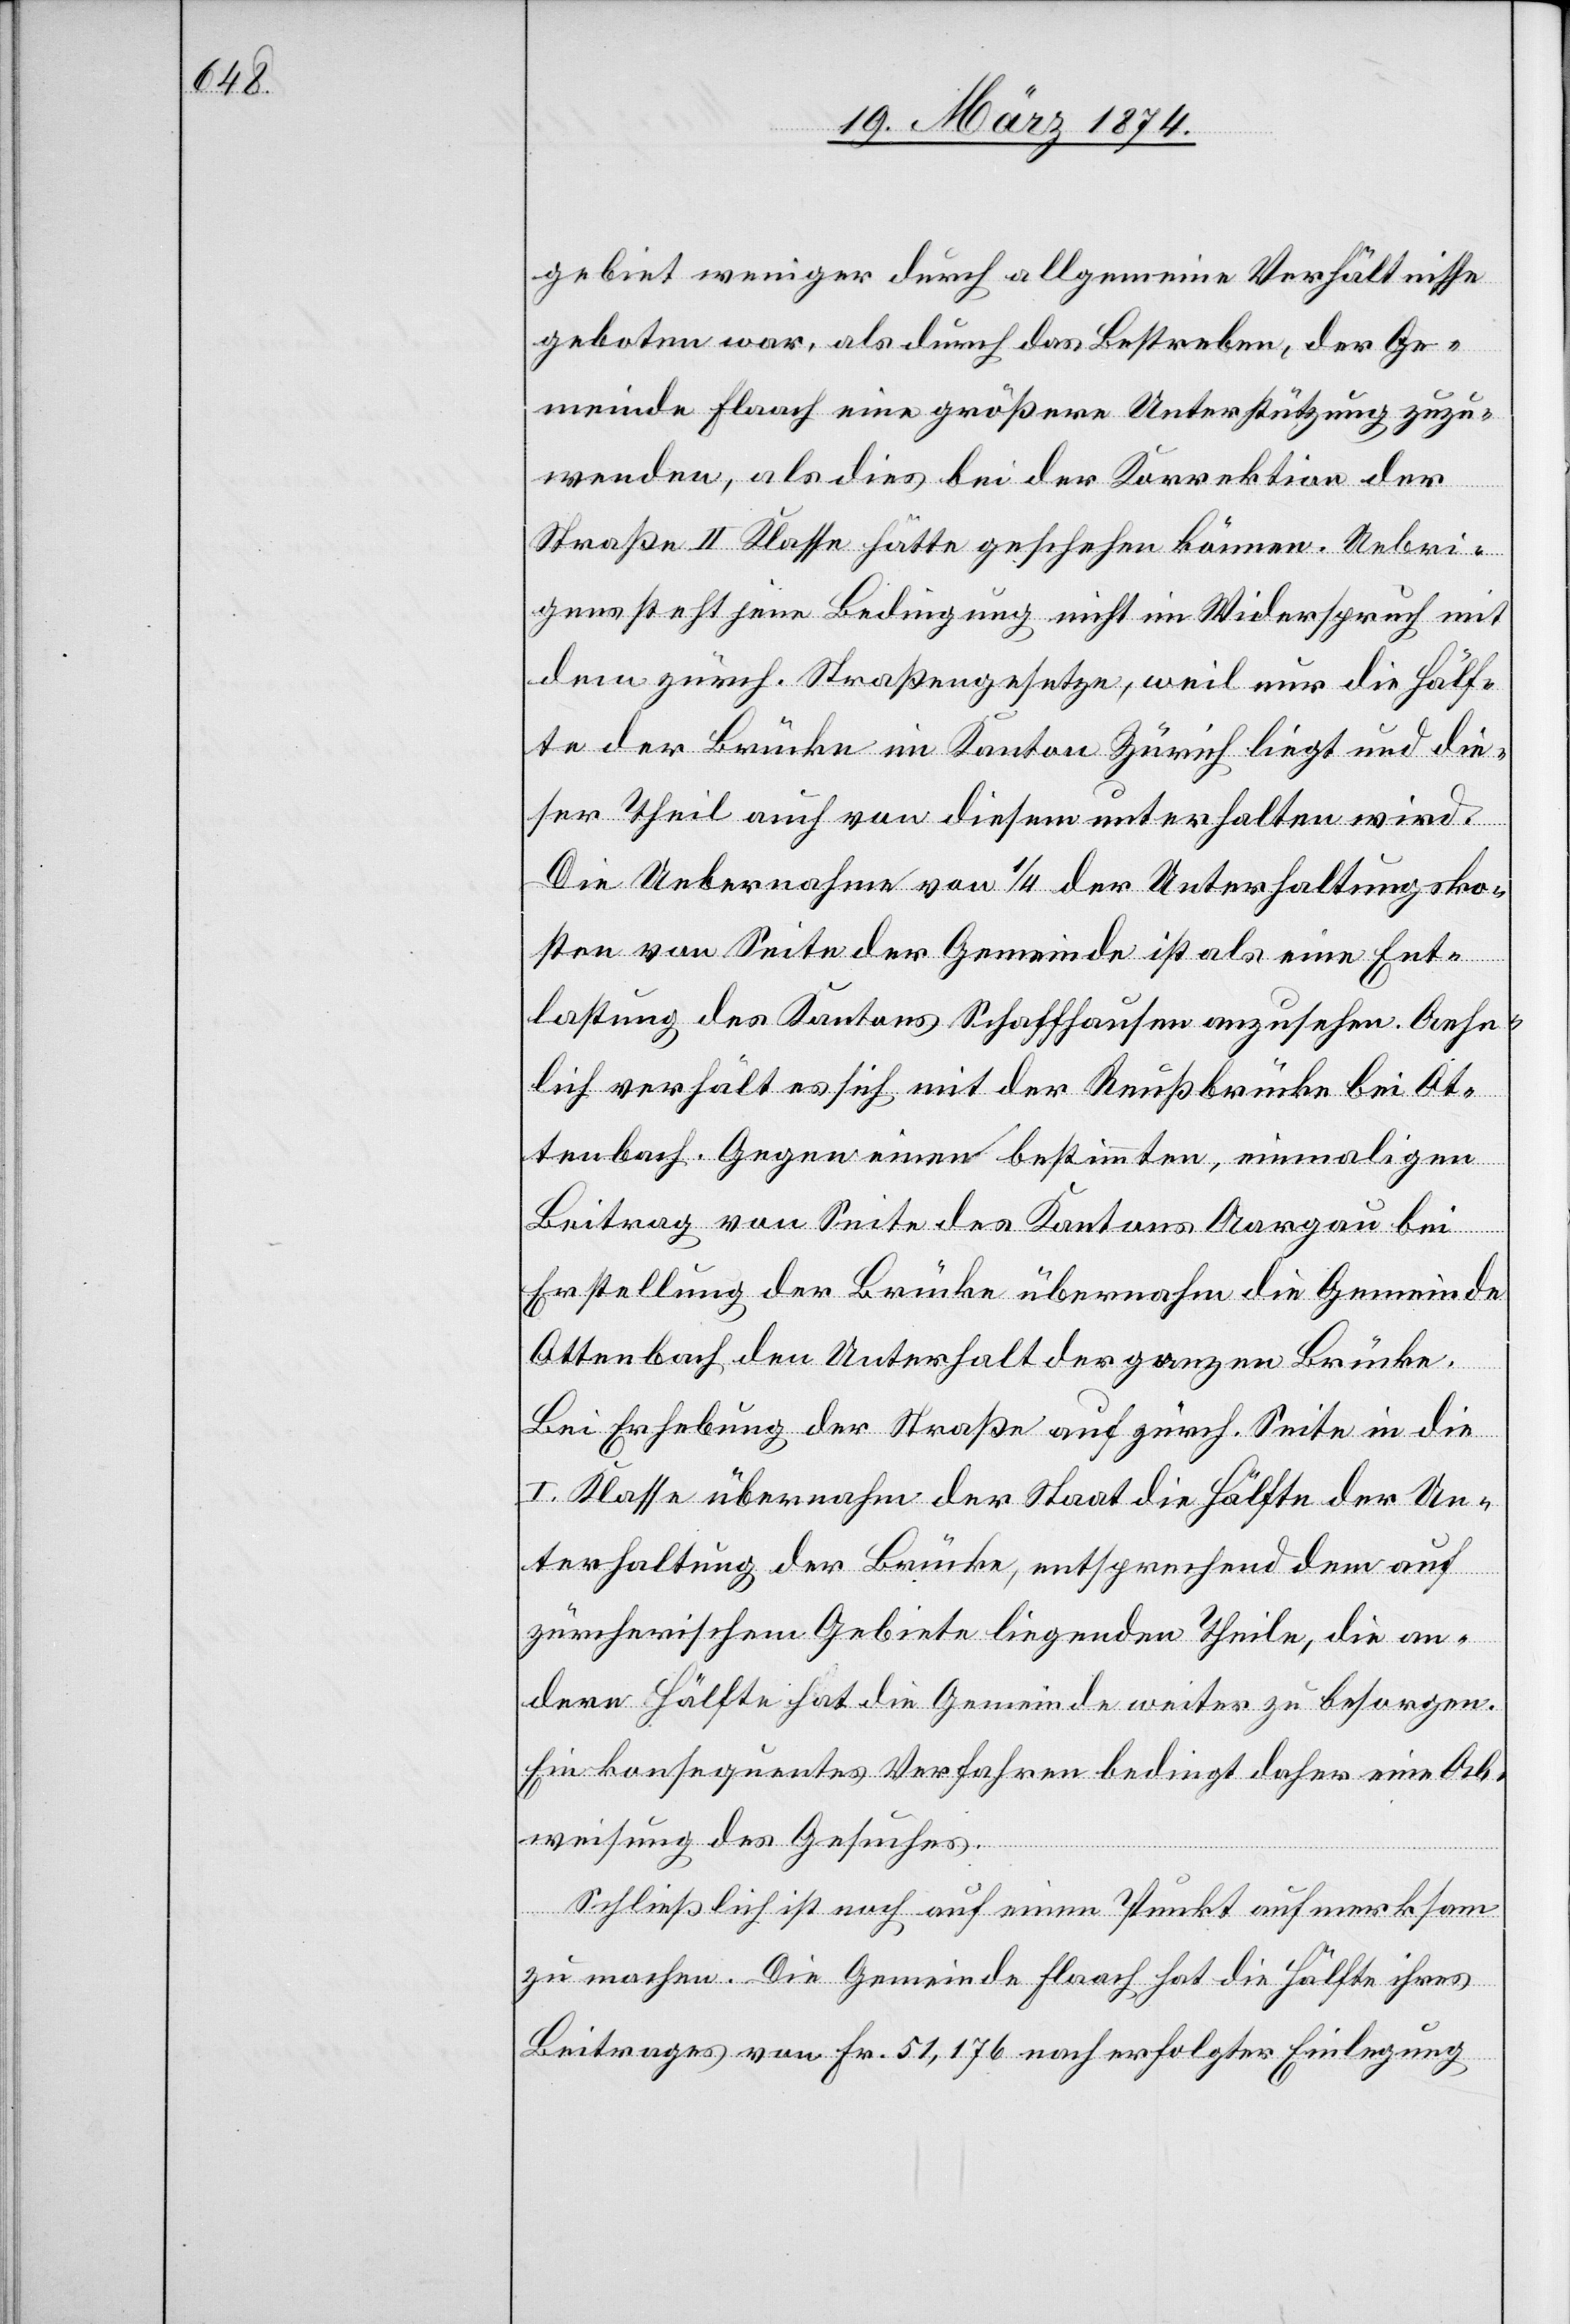
gebiet weniger durch allgemeine Verhältnisse
geboten war, als durch das Bestreben, der Ge¬
meinde Flaach eine größere Unterstützung zuzu¬
wenden, als dies bei der Korrektion der
Straße II. Klasse hätte geschehen können. Uebri¬
gens steht jene Bedingung nicht im Widerspruch mit
dem zürch. Straßengesetze, weil nur die Hälf¬
te der Brücke im Kanton Zürich liegt und die¬
ser Theil auch von diesem unterhalten wird.
Die Uebernahme von 1/4 der Unterhaltungsko¬
sten von Seite der Gemeinde ist als eine Ent¬
lastung des Kantons Schaffhausen anzusehen. Aehn¬
lich verhält es sich mit der Reußbrücke bei Ot¬
tenbach. Gegen einen bestimmten einmaligen
Beitrag von Seite des Kantons Aargau bei
Erstellung der Brücke übernahm die Gemeinde
Ottenbach den Unterhalt der ganzen Brücke.
Bei Erhebung der Straße auf zürch. Seite in die
I. Klasse übernahm der Staat die Hälfte der Un¬
terhaltung der Brücke, entsprechend dem auf
zürcherischem Gebiete liegenden Theile, die an¬
dere Hälfte hat die Gemeinde weiter zu besorgen.
Ein konsequentes Verfahren bedingt daher eine Ab¬
weisung des Gesuches.
Schließlich ist noch auf einem Punkt aufmerksam
zu machen. Die Gemeinde Flaach hat die Hälfte ihres
Beitrages von Fr. 51,176 nach erfolgter Einlegung